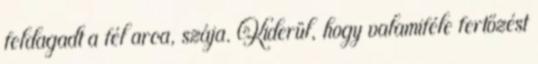
feldagadt a fél arca, szája. Kiderül, hogy valamiféle fertőzést